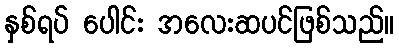
နှစ်ရပ် ပေါင်း အလေးဆပင်ဖြစ်သည်။